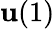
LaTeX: \mathbf{u}(1)